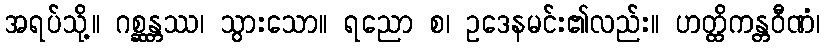
အရပ်သို့။ ဂစ္ဆန္တဿ၊ သွားသော။ ရညော စ၊ ဥဒေနမင်း၏လည်း။ ဟတ္ထိကန္တဝီဏံ၊